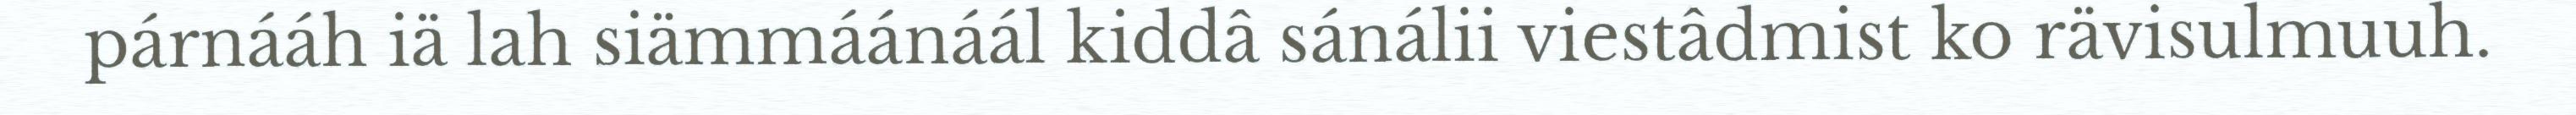
párnááh iä lah siämmáánáál kiddâ sánálii viestâdmist ko rävisulmuuh.